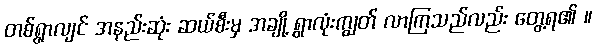
တစ်ရွာလျင် အနည်းဆုံး ဆယ်စီးမှ အချို့ ရွာလုံးကျွတ် လာကြသည်လည်း တွေ့ရ၏ ။